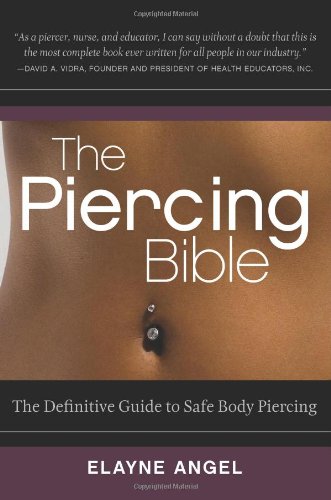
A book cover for The Piercing Bible: The Definitive Guide to Safe Body Piercing; Elayne Angel; Humor & Entertainment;